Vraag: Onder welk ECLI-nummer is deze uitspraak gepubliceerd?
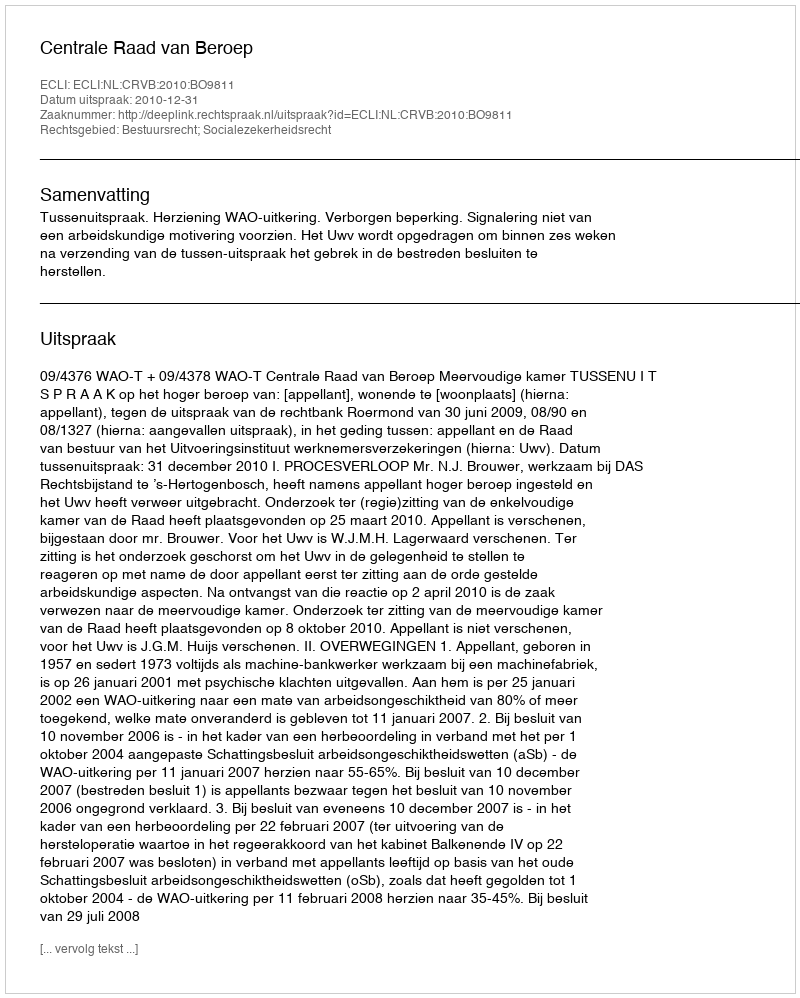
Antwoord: ECLI:NL:CRVB:2010:BO9811